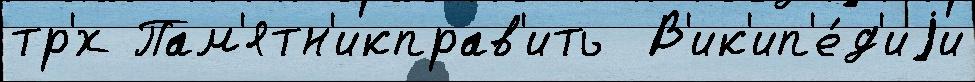
тр'́х Пам'ятн'икправ'ить  В'ик'ип'е́д'иjи